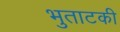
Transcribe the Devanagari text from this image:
भुताटकी